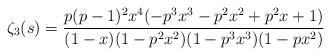
LaTeX: \begin{align*}\zeta_3(s) = \frac{p(p-1)^2x^4(-p^3x^3 -p^2x^2 + p^2x +1)}{(1-x)(1-p^2x^2)(1-p^3x^3)(1-px^2)}\end{align*}